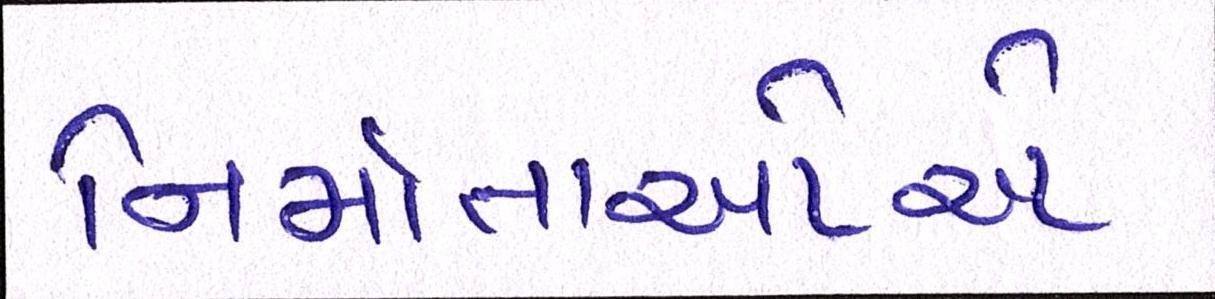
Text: નિર્માતાઓએ